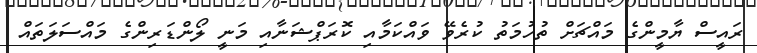
ރައީސް ޔާމީންގެ މައްޗަށް ތުހުމަތު ކުރެވޭ ވައްކަމާއި ކޮރަޕްޝަނާއި މަނީ ލޯންޑަރިންގެ މައްސަލަތައް